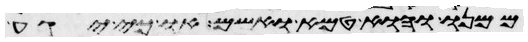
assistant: ממנו והוא טמא ואשם או כי יגע